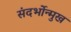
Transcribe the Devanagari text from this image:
संदर्भोन्मुख